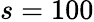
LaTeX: s=100